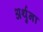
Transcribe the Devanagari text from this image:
अर्थुना